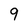
Character: 9